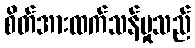
စိတ်အားထက်သန်မှုသည်